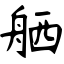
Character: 舾